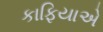
કાફિયાએ